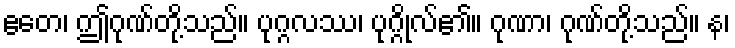
ဧတေ၊ ဤဂုဏ်တို့သည်။ ပုဂ္ဂလဿ၊ ပုဂ္ဂိုလ်၏။ ဂုဏာ၊ ဂုဏ်တို့သည်။ န၊